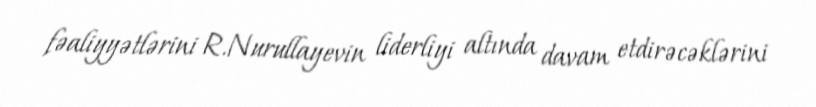
fəaliyyətlərini R.Nurullayevin liderliyi altında davam etdirəcəklərini